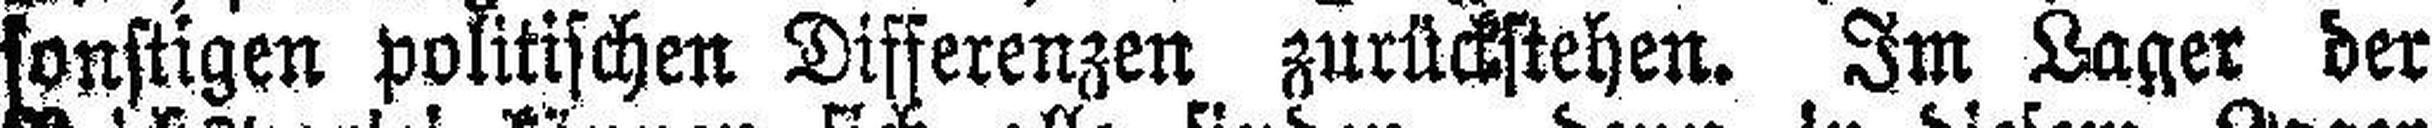
sonstigen politischen Differenzen zurückstehen. Im Lager der